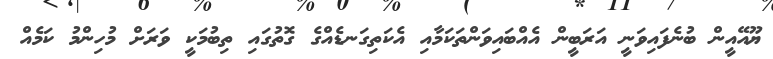
ޔޫއޭއީން ބުނެފައިވަނީ އަރަބީން އެއްބައިވަންތަކަމާއި އެކަތިގަނޑެއްގެ ގޮތުގައި ތިބުމަކީ ވަރަށް މުހިންމު ކަމެއް